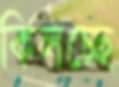
কিলচ্ছে